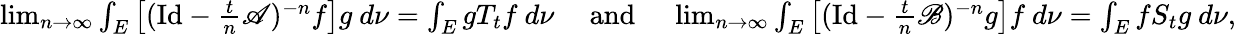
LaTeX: \begin{array}{r}{\operatorname*{lim}_{n\to\infty}\int_{E}\left[(\mathrm{Id}-\frac{t}{n}\mathscr{A})^{-n}f\right]g\ d\nu=\int_{E}gT_{t}f\ d\nu\quad\mathrm{~and~}\quad\operatorname*{lim}_{n\to\infty}\int_{E}\left[(\mathrm{Id}-\frac{t}{n}\mathscr{B})^{-n}g\right]f\ d\nu=\int_{E}fS_{t}g\ d\nu,}\end{array}